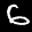
Label: 6